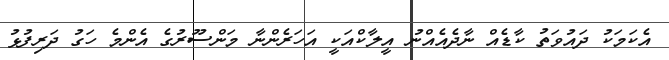
އެކަމަކު ދައުވަތު ކާޑެއް ނާދެއެއްނު އީލާކްއަކީ އަހަރެންނާ މަންސޫރުގެ އެންމެ ހަގު ދަރިފުޅު